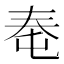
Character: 𰋠